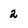
Character: 2